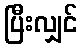
ပြီးလျှင်